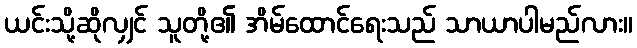
ယင်းသို့ဆိုလျှင် သူတို့၏ အိမ်ထောင်ရေးသည် သာယာပါမည်လား။